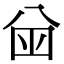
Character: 𬎿